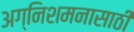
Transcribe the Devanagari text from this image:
अग्निशमनासाठी